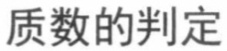
质数的判定